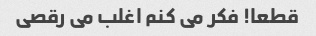
قطعا! فکر می کنم اغلب می رقصی